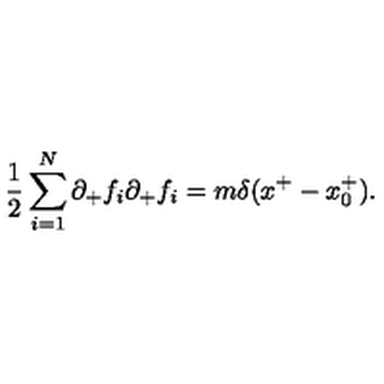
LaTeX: { \frac { 1 } { 2 } } \sum _ { i = 1 } ^ { N } \partial _ { + } f _ { i } \partial _ { + } f _ { i } = m \delta ( x ^ { + } - x _ { 0 } ^ { + } ) .